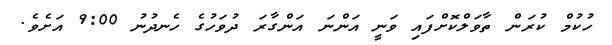
ހުކުމް ކުރަން ތާވަލްކޮށްފައި ވަނީ އަންނަ އަންގާރަ ދުވަހުގެ ހެނދުނު 9:00 އަށެވެ.